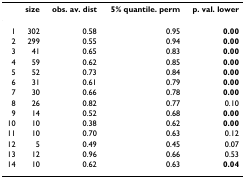
<table><thead><tr><td></td><td><b>size</b></td><td><b>obs. av. dist</b></td><td><b>5% quantile. perm</b></td><td><b>p. val. lower</b></td></tr></thead><tbody><tr><td>1</td><td>302</td><td>0.58</td><td>0.95</td><td><b>0.00</b></td></tr><tr><td>2</td><td>299</td><td>0.55</td><td>0.94</td><td><b>0.00</b></td></tr><tr><td>3</td><td>41</td><td>0.65</td><td>0.83</td><td><b>0.00</b></td></tr><tr><td>4</td><td>59</td><td>0.62</td><td>0.85</td><td><b>0.00</b></td></tr><tr><td>5</td><td>52</td><td>0.73</td><td>0.84</td><td><b>0.00</b></td></tr><tr><td>6</td><td>31</td><td>0.61</td><td>0.79</td><td><b>0.00</b></td></tr><tr><td>7</td><td>30</td><td>0.66</td><td>0.78</td><td><b>0.00</b></td></tr><tr><td>8</td><td>26</td><td>0.82</td><td>0.77</td><td>0.10</td></tr><tr><td>9</td><td>14</td><td>0.52</td><td>0.68</td><td><b>0.00</b></td></tr><tr><td>10</td><td>10</td><td>0.38</td><td>0.62</td><td><b>0.00</b></td></tr><tr><td>11</td><td>10</td><td>0.70</td><td>0.63</td><td>0.12</td></tr><tr><td>12</td><td>5</td><td>0.49</td><td>0.45</td><td>0.07</td></tr><tr><td>13</td><td>12</td><td>0.96</td><td>0.66</td><td>0.53</td></tr><tr><td>14</td><td>10</td><td>0.62</td><td>0.63</td><td><b>0.04</b></td></tr></tbody></table>